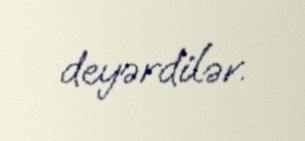
deyərdilər.